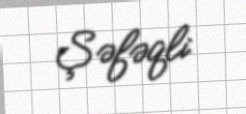
Şəfəqli